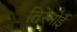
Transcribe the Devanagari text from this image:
तिरेनोई